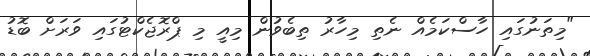
"މިތަނުގައި ހާސްކަމެއް ނެތި މިހާރު ތިބެވުން މިއީ މި ޕްރޮޖެކްޓުގައި ވަރަށް ބޮޑު